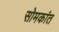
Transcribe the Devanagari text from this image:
सोमकांत